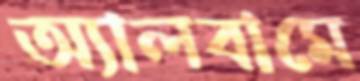
অ্যালবামে